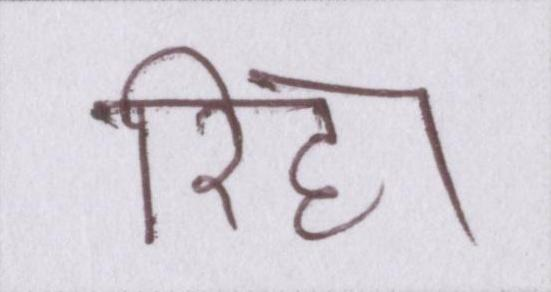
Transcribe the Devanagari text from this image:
रिहा